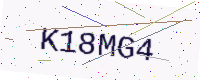
Text: K18MG4